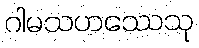
ဂါမသဟဿေသု